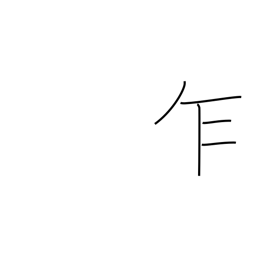
Meaning: notwithstanding